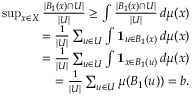
\begin{array} { r } { \operatorname* { s u p } _ { x \in X } \frac { | B _ { 1 } ( x ) \cap U | } { | U | } \geq \int \frac { | B _ { 1 } ( x ) \cap U | } { | U | } \, d \mu ( x ) } \\ { = \frac { 1 } { | U | } \sum _ { u \in U } \int \mathbf { 1 } _ { u \in B _ { 1 } ( x ) } \, d \mu ( x ) } \\ { = \frac { 1 } { | U | } \sum _ { u \in U } \int \mathbf { 1 } _ { x \in B _ { 1 } ( u ) } \, d \mu ( x ) } \\ { = \frac { 1 } { | U | } \sum _ { u \in U } \mu ( B _ { 1 } ( u ) ) = b . } \end{array}